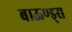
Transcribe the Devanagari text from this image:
बाऊण्ड्स